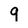
Character: g